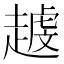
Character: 𧽐